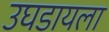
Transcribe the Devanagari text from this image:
उघडायला